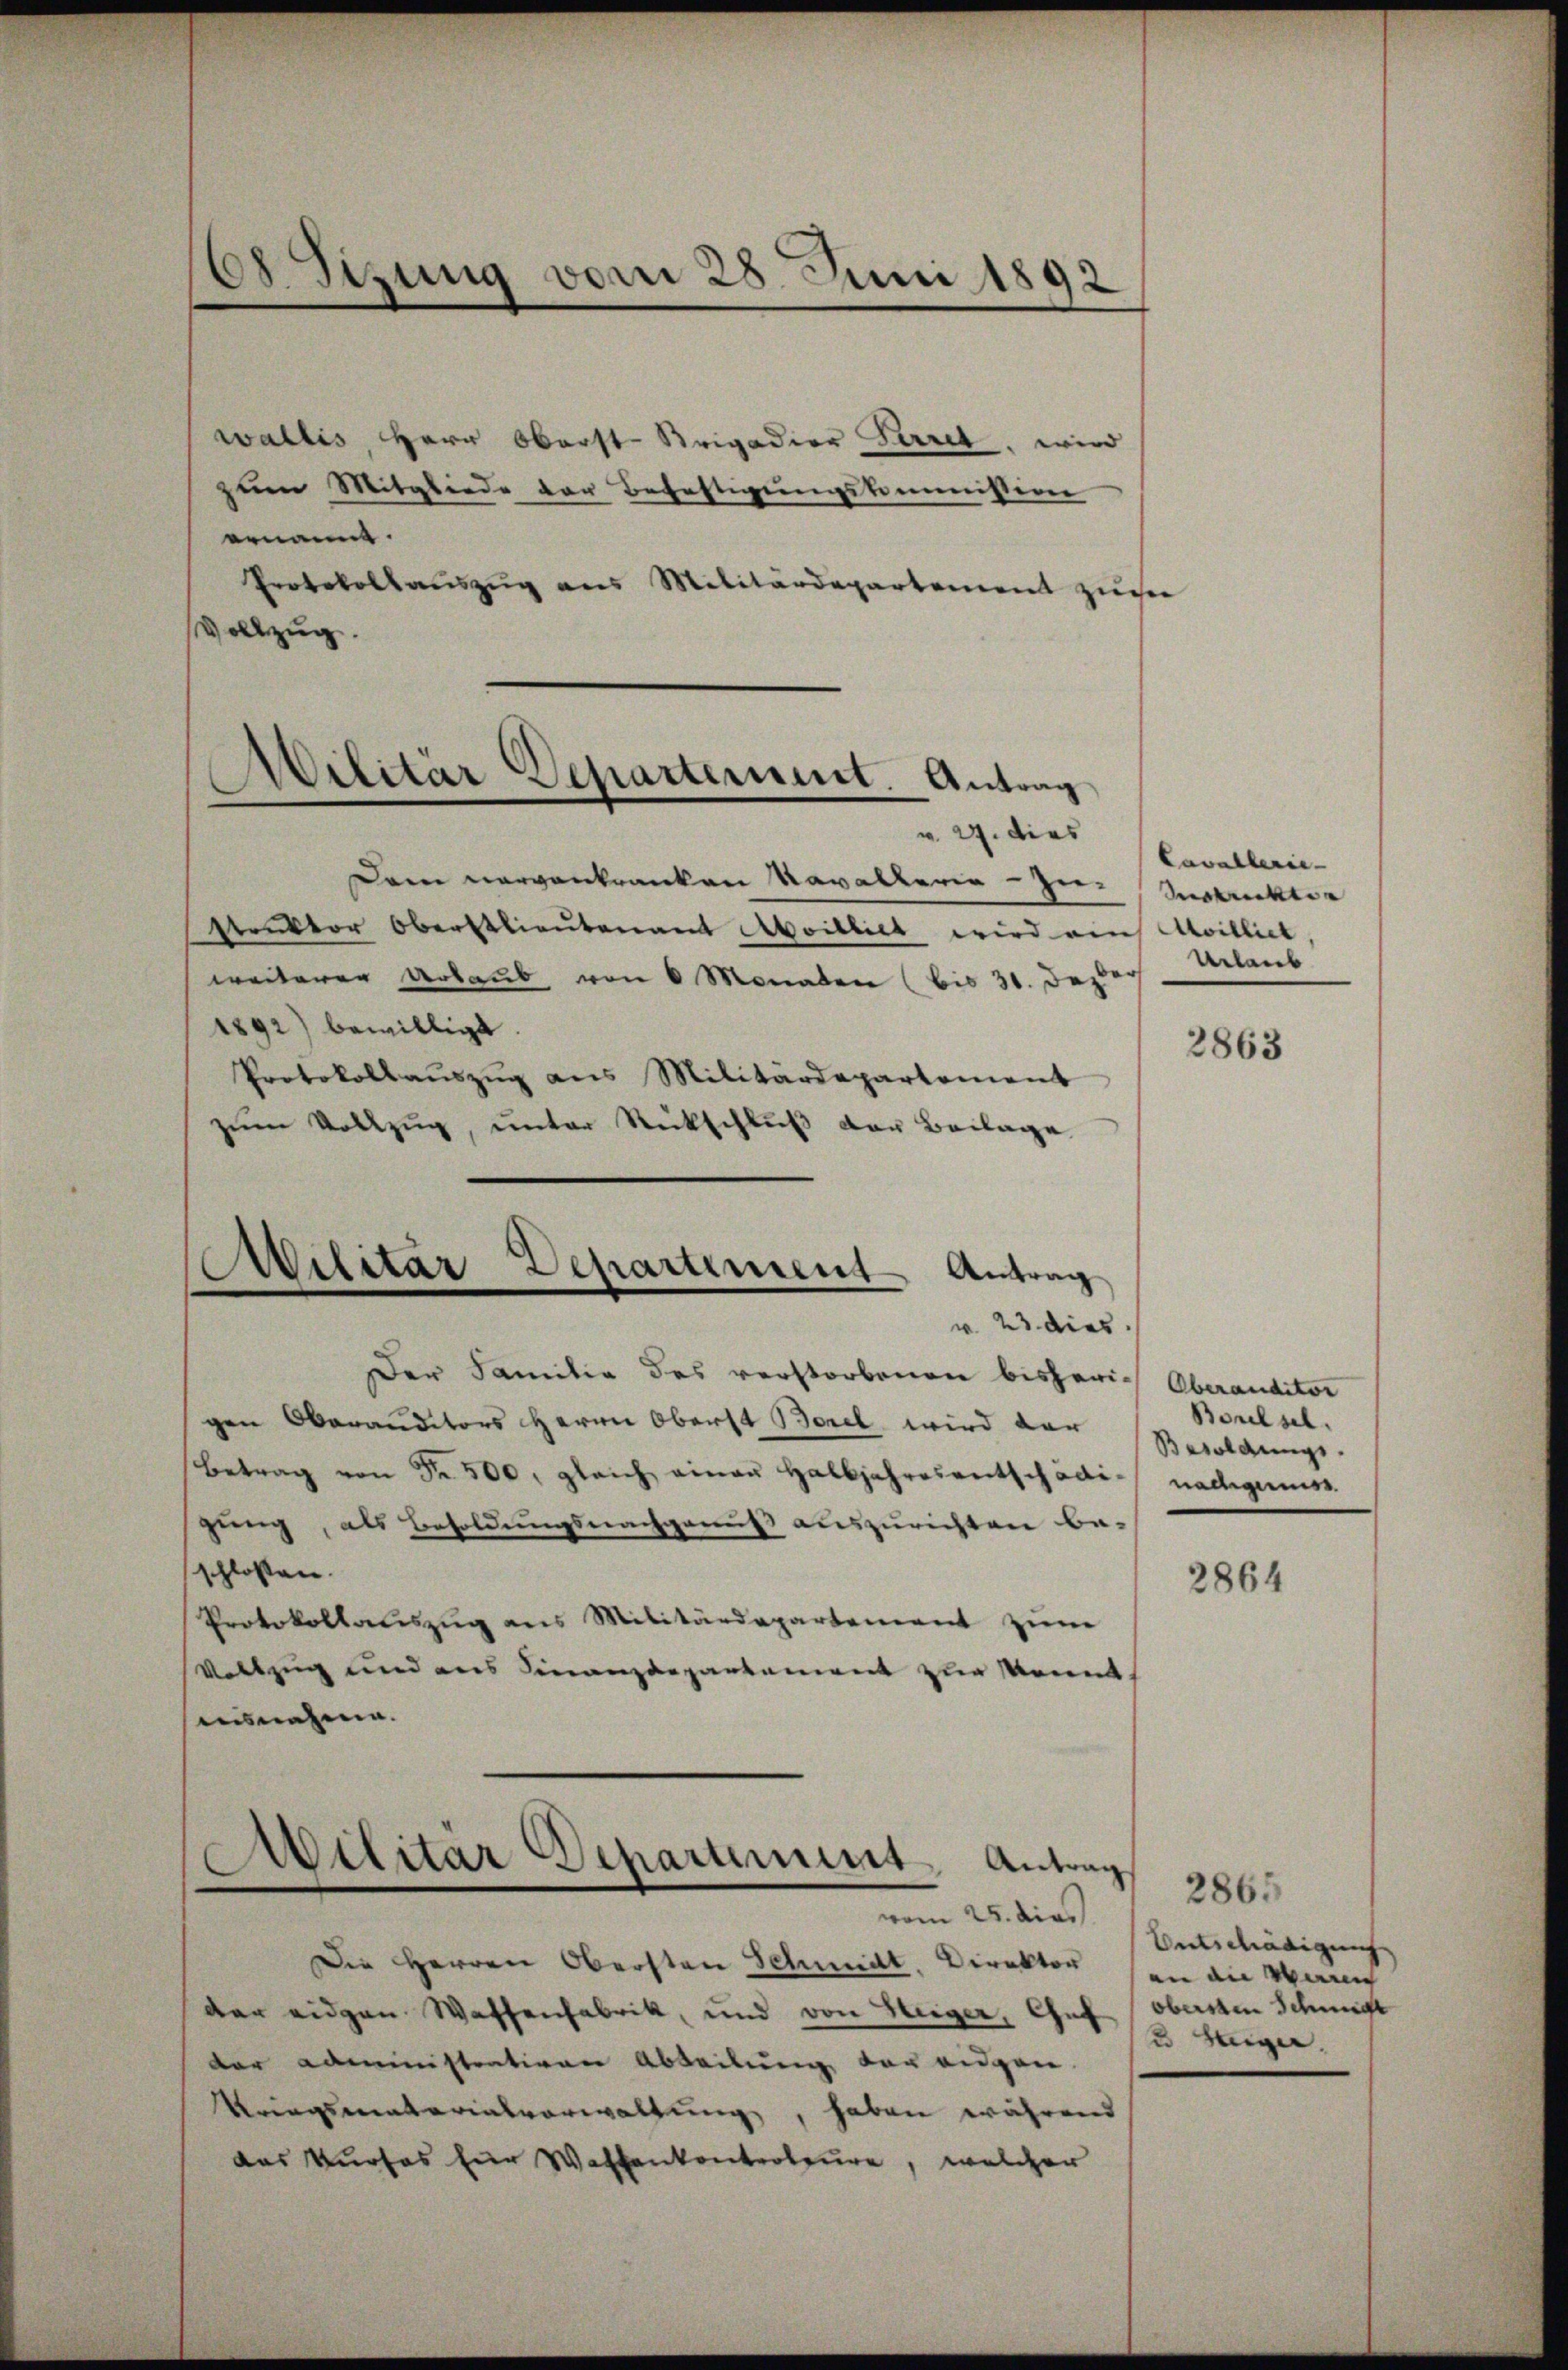
38 Sizung vom 28. Juni 1892

wallis, Herr Oberst-Krigadier Perret, wird
zum Mitgliede der Befestigungskommission
ernannt.
Protokollauszug aus Militärdepartement zuer
allzug

Militär Departement. Antrag

v. 24. dies
Dem vorgenkranken Kavallerie - Zu-
struktor Oberstlieutenant Aboilliet wird auf Milliet,
weiterer Urlaub von 6 Monaten (bis 31. Dez.
1892) bewilligt
Protokollaŭszŭg ans Militärdepartement
zŭm Vollzŭg, ŭnter Rückschlŭβ der Beilage
w. 23 dies
Der Familie des verstorbenen bisherigen Oberauditors Herrn Oberst Borel wird dar
Betrag von Fr. 500, gleich einau halbjahresentschädi-
gung, als Besoldungsnachgenuß auszurichten be-
schlossen.
Protokollauszug aus Militärdepartement zum
Vollzug und aus Finanzdepartement zur Kennt,
ausnahme.
vom 25. dies
Die Herren Obersten Schmidt. Direktor
der eidgen Waffenfabrik, und von Heger, Gef
der administrativen Abteilung vor eigen.
Kriegsmaterialverwaltung, haben während
das Kurses für Wassenkontroleure, welcher

Militär Departement Antrag
.

Militar Departement Antrag

Cavallerie- |
denkten |
Urlaub

2863

Oberanditor
Borel sel.
Besoldungs-
nadigun

2864

2865
Entschädigung
an die Waren |
obersten Schmitt
2 Weiger.